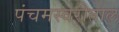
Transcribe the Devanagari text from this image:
पंचमस्वरीताल